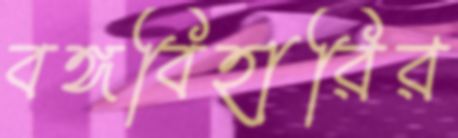
বঙ্গবিহারির